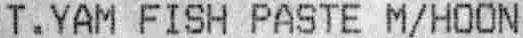
T.YAM FISH PASTE M/HOON